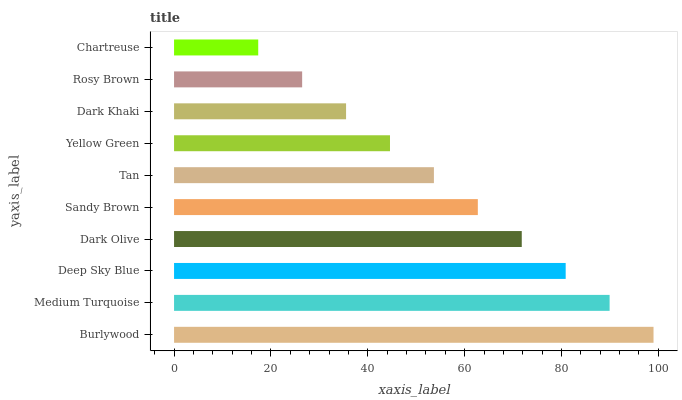
| yaxis_label | bars |
 | --- | --- |
 | Burlywood | 99 |
 | Medium Turquoise | 89.9 |
 | Deep Sky Blue | 80.9 |
 | Dark Olive | 71.8 |
 | Sandy Brown | 62.7 |
 | Tan | 53.7 |
 | Yellow Green | 44.6 |
 | Dark Khaki | 35.5 |
 | Rosy Brown | 26.5 |
 | Chartreuse | 17.4 |